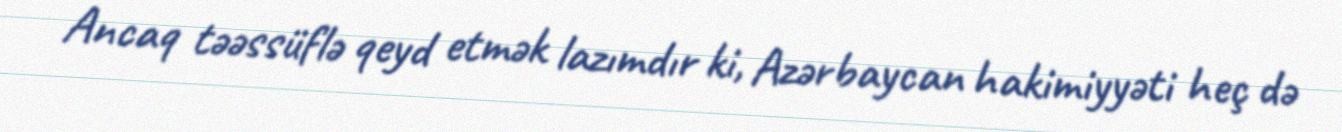
Ancaq təəssüflə qeyd etmək lazımdır ki, Azərbaycan hakimiyyəti heç də